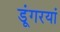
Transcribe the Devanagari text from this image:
डूंगरयां